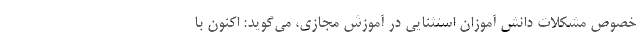
خصوص مشکلات دانش آموزان استثنایی در آموزش مجازی، می‌گوید: اکنون با